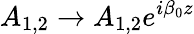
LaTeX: A_{1,2}\rightarrow A_{1,2}e^{i\beta_{0}z}